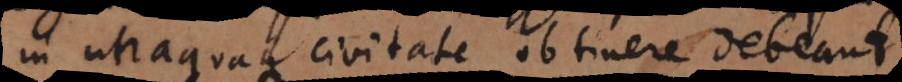
in utraquaque civitate obtinere debeant.